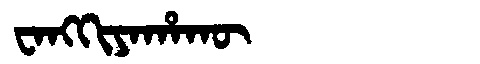
Manchu: ᠸᠠᠩᡴᡳᠶᠠᡥᠠᡴᡡ
Romanization: WANGKIYAHAKŪ